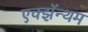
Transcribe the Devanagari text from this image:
एक्झॅन्थम